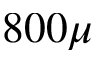
8 0 0 \mu